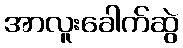
အာလူးခေါက်ဆွဲ